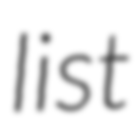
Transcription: list